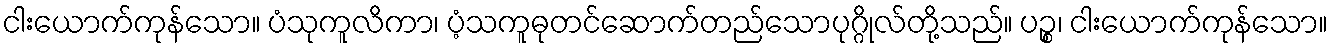
ငါးယောက်ကုန်သော။ ပံသုကူလိကာ၊ ပံ့သကူဓုတင်ဆောက်တည်သောပုဂ္ဂိုလ်တို့သည်။ ပဉ္စ၊ ငါးယောက်ကုန်သော။